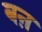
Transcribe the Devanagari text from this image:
बऩ